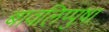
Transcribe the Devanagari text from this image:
बावलिप्पुष़ा